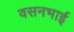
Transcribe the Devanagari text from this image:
वसनभाई